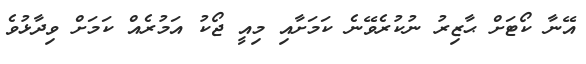
އޭނާ ކޯޓަށް ޙާޒިރު ނުކުރެވޭނެ ކަމަށާއި މިއީ ޖޯކު އަމުރެއް ކަމަށް ވިދާޅުވެ